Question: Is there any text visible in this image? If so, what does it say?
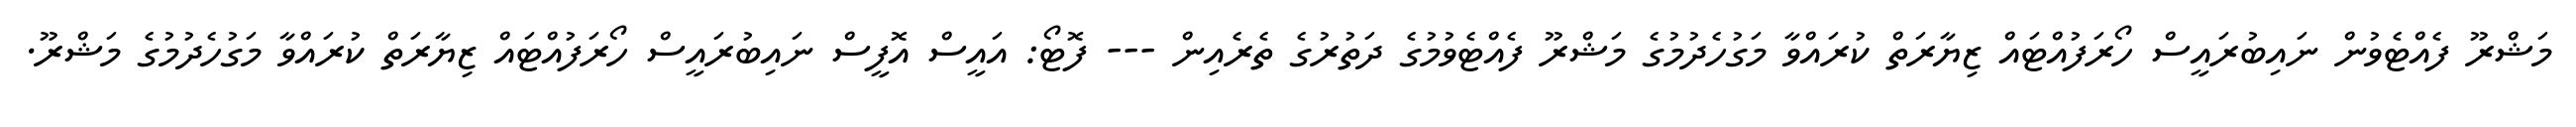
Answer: މަޝްރޫ ފެއްޓެވުން ނައިބުރައީސް ހޯރަފުއްޓައް ޒިޔާރަތް ކުރައްވާ މަގުހެދުމުގެ މަޝްރޫ ފެއްޓެވުމުގެ ދަތުރުގެ ތެރެއިން --- ފޮޓޯ: އައީސް އޮފީސް ނައިބުރައީސް ހޯރަފުއްޓައް ޒިޔާރަތް ކުރައްވާ މަގުހެދުމުގެ މަޝްރޫ.